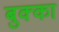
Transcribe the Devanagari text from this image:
बुक्‍का